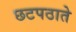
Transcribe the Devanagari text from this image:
छटपठाते